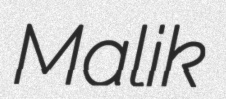
Malik